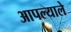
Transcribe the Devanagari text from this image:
आपल्याले